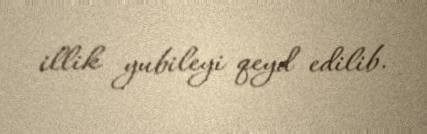
illik yubileyi qeyd edilib.